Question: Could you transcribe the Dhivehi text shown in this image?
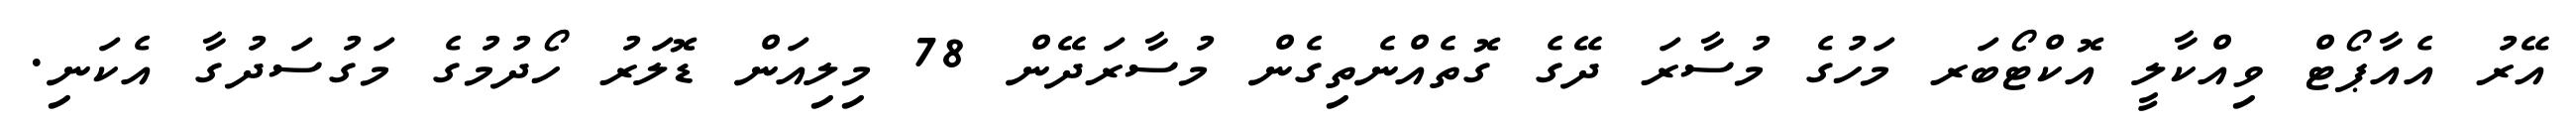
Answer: އޭރު އެއާޕޯޓް ވިއްކާލީ އޮކްޓޯބަރ މަހުގެ މުސާރަ ދޭގެ ގޮތެއްނެތިގެން މުސާރަދޭން 78 މިލިއަން ޑޮލަރު ހޯދުމުގެ މަގުސަދުގާ އެކަނި.